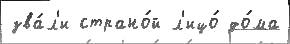
зва́л'и страно́й л'ицо́ до́ма